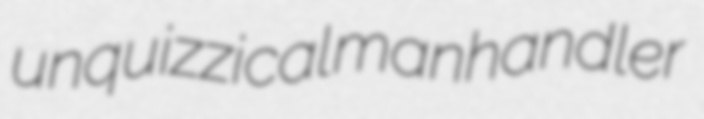
unquizzical manhandler